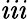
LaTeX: \mathit{i}\mathit{i}\mathit{i}